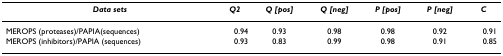
<table><thead><tr><td><b><i>Data sets</i></b></td><td><b><i>Q2</i></b></td><td><b><i>Q [pos]</i></b></td><td><b><i>Q [neg]</i></b></td><td><b><i>P [pos]</i></b></td><td><b><i>P [neg]</i></b></td><td><b><i>C</i></b></td></tr></thead><tbody><tr><td>MEROPS (proteases)/PAPIA(sequences)</td><td>0.94</td><td>0.93</td><td>0.98</td><td>0.98</td><td>0.92</td><td>0.91</td></tr><tr><td>MEROPS (inhibitors)/PAPIA (sequences)</td><td>0.93</td><td>0.83</td><td>0.99</td><td>0.98</td><td>0.91</td><td>0.85</td></tr></tbody></table>